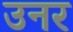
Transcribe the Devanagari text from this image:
उनर